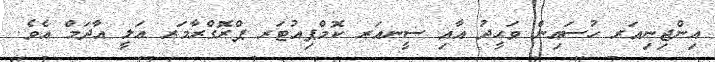
އިންޖިނިއަރ ހުސައިން ވަޙީދު އާއި ސީނއަރ ކޮމްޕިއުޓަރ ޕްރޮގްރާމަރ ޢަލީ އާދަމް އެވެ.